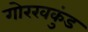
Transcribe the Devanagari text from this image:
गोरखकुंड